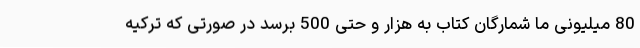
80 میلیونی ما شمارگان کتاب به هزار و حتی 500 برسد در صورتی که ترکیه